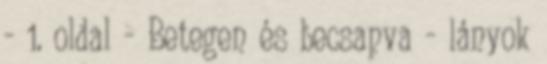
- 1. oldal - Betegen és becsapva - lányok